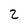
Character: 2